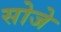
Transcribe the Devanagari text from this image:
सोजे